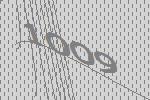
1009